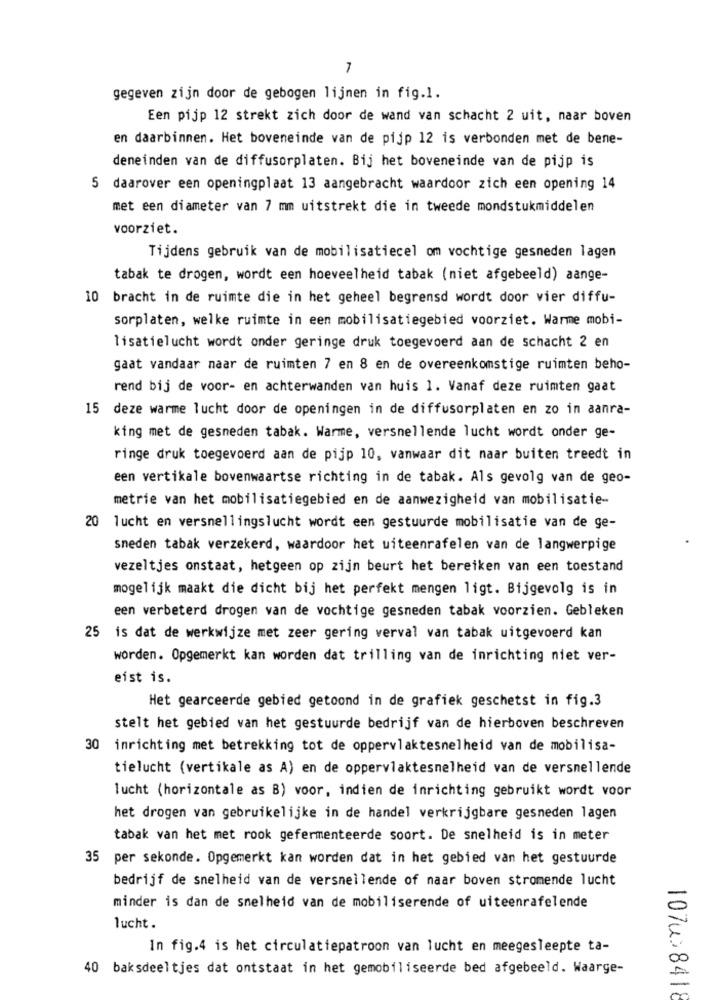
gegeven zijn door de gebogen lijnen in fig.1.
Een pijp 12 strekt zich door de wand van schacht 2 uit, naar boven
en daarbinnen. Het boveneinde van de pijp 12 is verbonden met de bene-
deneinden van de diffusorplaten. Bij het boveneinde van de pijp is
5 daarover een openingplaat 13 aangebracht waardoor zich een opening 14
met een diameter van 7 mm uitstrekt die in tweede mondstukmiddelen
voorziet.
Tijdens gebruik van de mobilisatiecel om vochtige gesneden lagen
tabak te drogen, wordt een hoeveelheid tabak (niet afgebeeld) aange-
10 bracht in de ruimte die in het geheel begrensd wordt door vier diffu-
sorplaten, welke ruimte in een mobilisatiegebied voorziet. Warme mobi-
lisatielucht wordt onder geringe druk toegevoerd aan de schacht 2 en
gaat vandaar naar de ruimten 7 en 8 en de overeenkomstige ruimten beho-
rend bij de voor- en achterwanden van huis 1. Vanaf deze ruimten gaat
15 deze warme lucht door de openingen in de diffusorplaten en zo in aanra-
king met de gesneden tabak. Warme, versnellende lucht wordt onder ge-
ringe druk toegevoerd aan de pijp 10, vanwaar dit naar buiten treedt in
een vertikale bovenwaartse richting in de tabak. Als gevolg van de geo-
metrie van het mobilisatiegebied en de aanwezigheid van mobilisatie-
20 lucht en versnellingslucht wordt een gestuurde mobilisatie van de ge-
sneden tabak verzekerd, waardoor het uiteenrafelen van de langwerpige
vezeltjes onstaat, hetgeen op zijn beurt het bereiken van een toestand
mogelijk maakt die dicht bij het perfekt mengen ligt. Bijgevolg is in
een verbeterd drogen van de vochtige gesneden tabak voorzien. Gebleken
25 is dat de werkwijze met zeer gering verval van tabak uitgevoerd kan
worden. Opgemerkt kan worden dat trilling van de inrichting niet ver-
eist is.
Het gearceerde gebied getoond in de grafiek geschetst in fig.3
stelt het gebied van het gestuurde bedrijf van de hierboven beschreven
30 inrichting met betrekking tot de oppervlaktesnelheid van de mobilisa-
tielucht (vertikale as A) en de oppervlaktesnelheid van de versnellende
lucht (horizontale as B) voor, indien de inrichting gebruikt wordt voor
het drogen van gebruikelijke in de handel verkrijgbare gesneden lagen
tabak van het met rook gefermenteerde soort. De snelheid is in meter
35 per sekonde. Opgemerkt kan worden dat in het gebied van het gestuurde
bedrijf de snelheid van de versnellende of naar boven stromende lucht
minder is dan de snelheid van de mobiliserende of uiteenrafelende
lucht.
In fig.4 is het circulatiepatroon van lucht en meegesleepte ta-
40 baksdeeltjes dat ontstaat in het gemobiliseerde bed afgebeeld. Waarge-
107u>8418